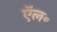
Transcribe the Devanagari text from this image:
ऍल॰